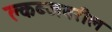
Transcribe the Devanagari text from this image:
क्लब्जवरील